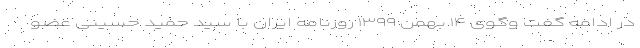
در ادامه گفت وگوی ۱۴ بهمن ۱۳۹۹ روزنامه ایران با سید حمید حسینی عضو